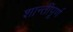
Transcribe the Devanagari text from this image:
शान्तीपूर्ण